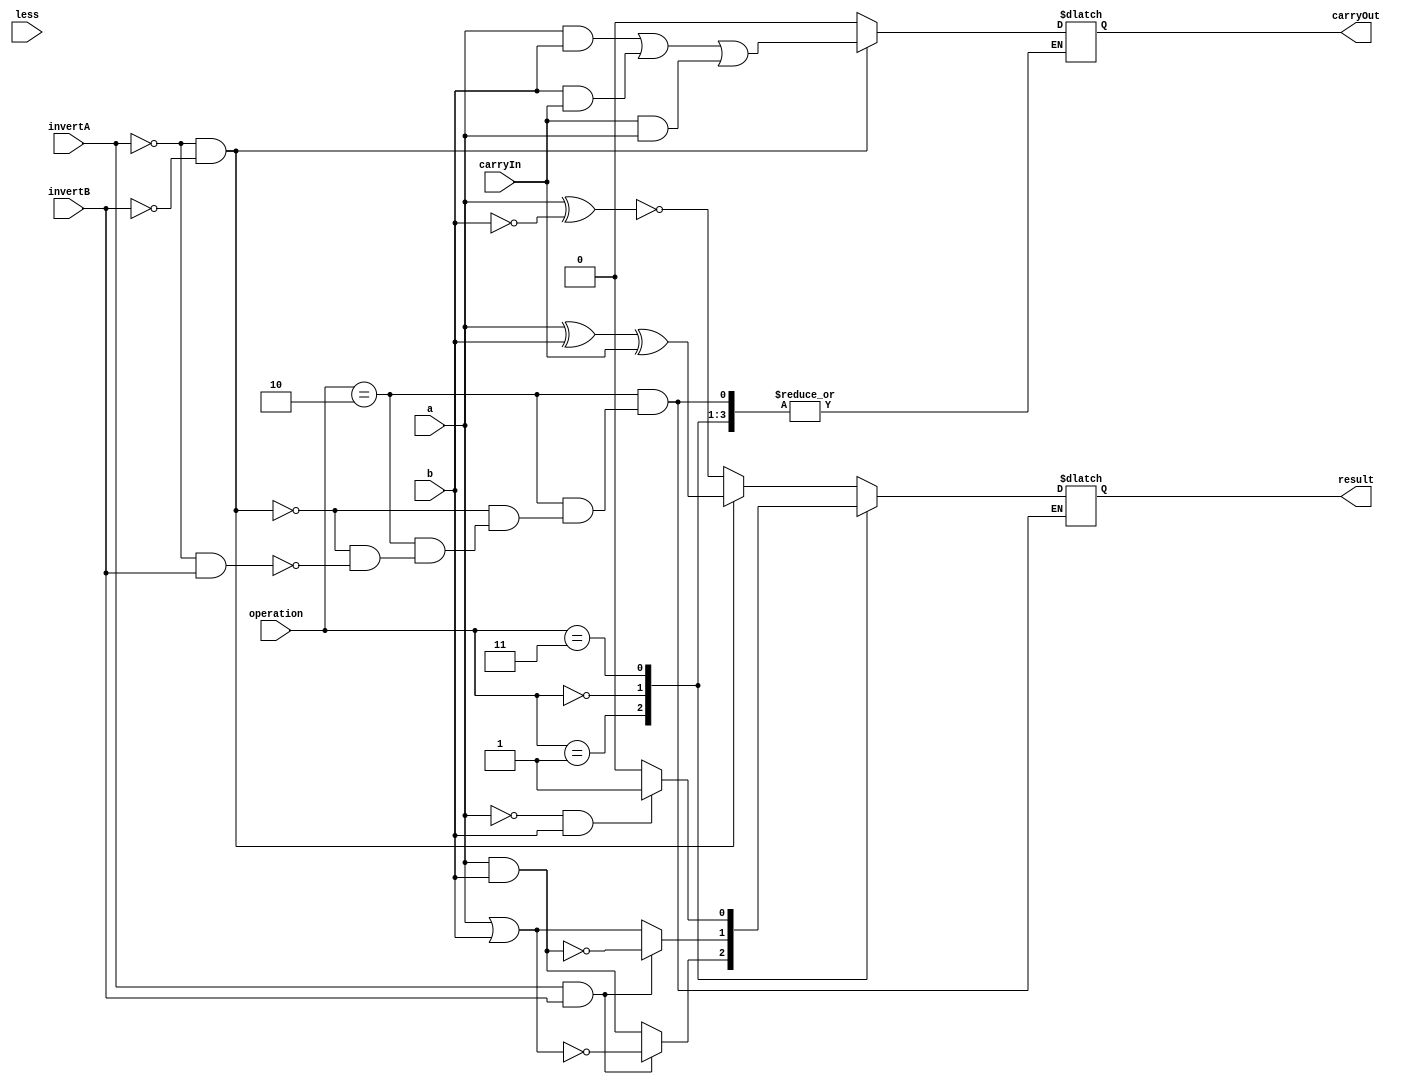
module ALU_1bit( result, carryOut, a, b, invertA, invertB, operation, carryIn, less );  

  output wire result;
  output wire carryOut;
  
  input wire a;
  input wire b;
  input wire invertA;
  input wire invertB;
  input wire[1:0] operation;
  input wire carryIn;
  input wire less;
  reg res;
  reg cout;
  reg cin;
  /*your code here*/ 
  initial
    case(operation)
	
	2'b10:if(invertA == 1'b0 && invertB == 1'b0) begin	//add
				
			res = a^b^carryIn;
			cout = (a&&b)|(b&&carryIn)|(carryIn&&a);
		end
		else if(invertA == 1'b0 && invertB == 1'b1) begin	//sub
			//assign carryIn = 1'b1;
			cin = 1'b1;
			res = a^!b^cin;
			//cout = (a&!b)|(!b&cin)|(cin&a);
			cout = 0;
		end
	2'b01:if((invertA & invertB) == 1'b0)	begin	//and
			res = a&b;	end
		else if((invertA & invertB) == 1'b1)	begin	//nor
			res = !(a|b);	end
	2'b00:if((invertA & invertB) == 1'b0)	begin	//or
			res = a|b;	end
		else if((invertA & invertB) == 1'b1)	begin	//nand
			res = !(a&b);	end
	2'b11:if(a == 1'b0 && b == 1'b1)	begin	//slt
			res = 1'b1;	end
		else 	begin
			res = 1'b0;	end
			
  endcase
  assign result = res;
  assign carryOut = cout;

endmodule